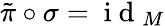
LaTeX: \tilde{\pi}\circ\sigma=\mathrm{~i~d~}_{M}